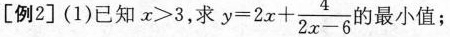
[例2](1)已经x>3，求y=2x+\frac{4}{2x-6}的最小值;